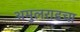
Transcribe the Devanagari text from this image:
अमुलराडचा